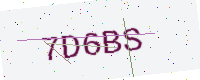
Text: 7D6BS